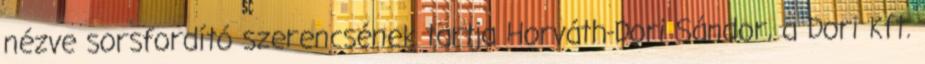
nézve sorsfordító szerencsének tartja Horváth-Dori Sándor, a Dori Kft.